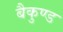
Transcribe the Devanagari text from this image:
बैकुण्ड